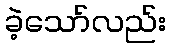
ခဲ့သော်လည်း